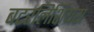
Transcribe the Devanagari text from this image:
बटरलिशियस